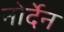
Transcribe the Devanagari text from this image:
नोर्देन